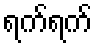
ရက်ရက်